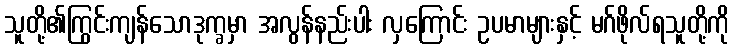
သူတို့၏ကြွင်းကျန်သောဒုက္ခမှာ အလွန်နည်းပါး လှကြောင်း ဥပမာများနှင့် မဂ်ဖိုလ်ရသူတို့ကို